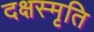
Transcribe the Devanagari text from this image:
दक्षस्मृति